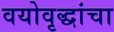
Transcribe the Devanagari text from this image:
वयोवृद्धांचा